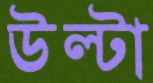
উল্‌টা